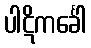
ပါဋိကင်္ခေါ